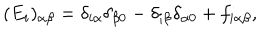
( E _ { i } ) _ { \alpha \beta } = \delta _ { i \alpha } \delta _ { \beta 0 } - \delta _ { i \beta } \delta _ { \alpha 0 } + f _ { i \alpha \beta } ,